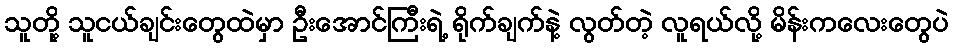
သူတို့ သူငယ်ချင်းတွေထဲမှာ ဦးအောင်ကြီးရဲ့ ရိုက်ချက်နဲ့ လွတ်တဲ့ လူရယ်လို့ မိန်းကလေးတွေပဲ